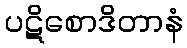
ပဋိစောဒိတာနံ